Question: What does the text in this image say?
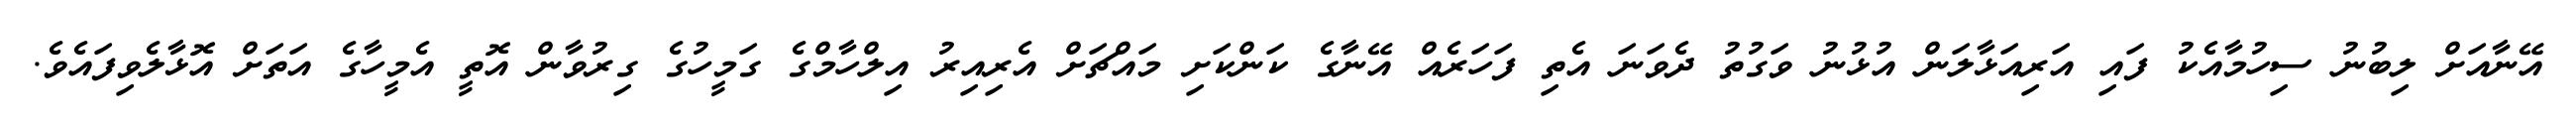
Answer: އޭނާއަށް ލިބުނު ސިހުމާއެކު ފައި އަރިއަޅާލަން އުޅުނު ވަގުތު ދެވަނަ އެތި ފަހަރެއް އޭނާގެ ކަންކަށި މައްޗަށް އެރިއިރު އިލްހާމްގެ ގަމީހުގެ ގިރުވާން އޮތީ އެމީހާގެ އަތަށް އޮޅާލެވިފައެވެ.